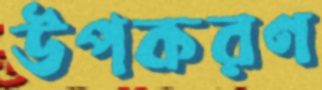
উপকরণ